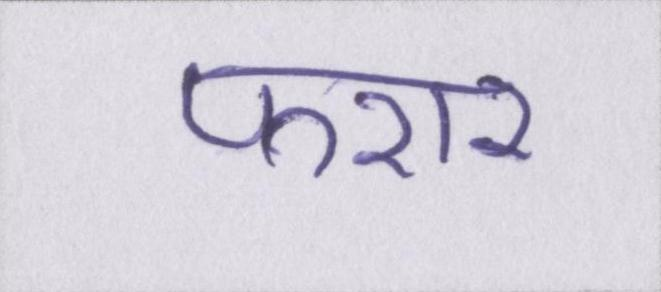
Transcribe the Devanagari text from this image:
फरार